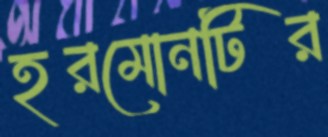
হরমোনটির